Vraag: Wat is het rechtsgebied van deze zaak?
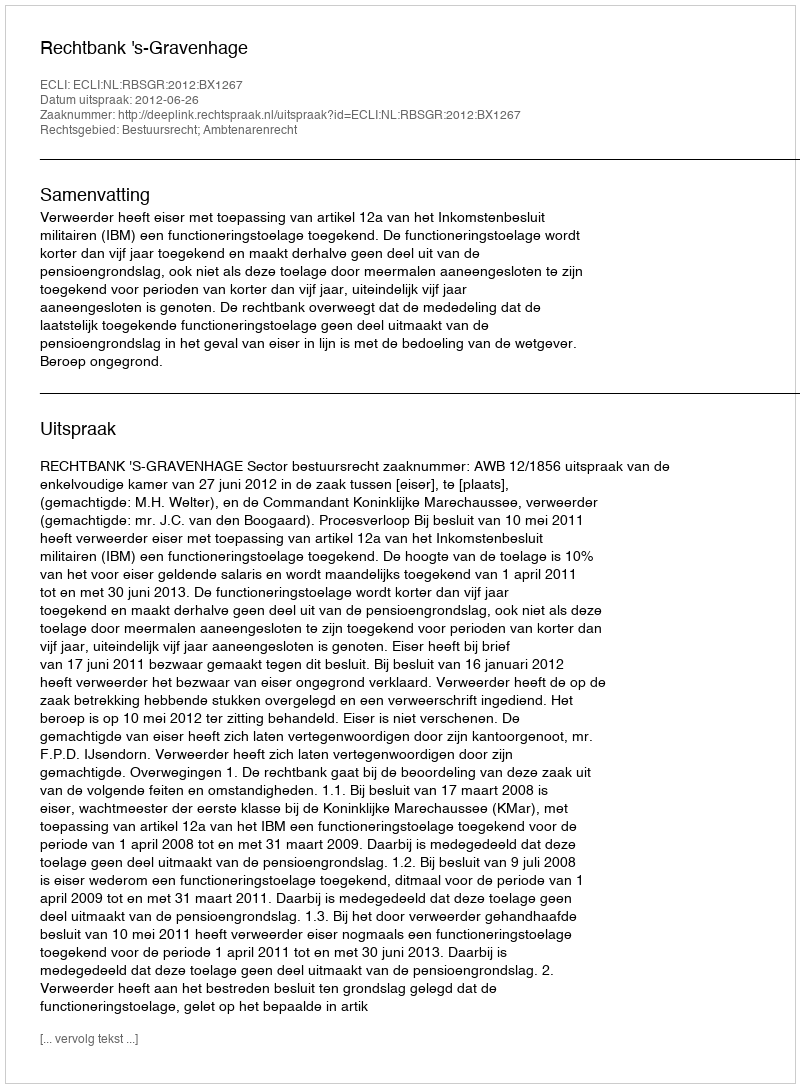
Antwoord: Bestuursrecht; Ambtenarenrecht